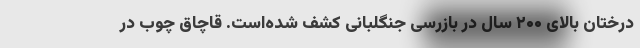
درختان بالای ۲۰۰ سال در بازرسی جنگلبانی کشف شده‌است. قاچاق چوب در